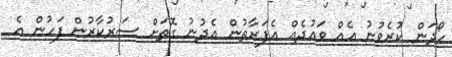
ހޯދަން ކުރެވުނު އެއް ވަޢުދެއް އެފަރާތުން އެދުނު ގޮތަށް ސަރުކާރުން ފަހުން އެ